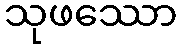
သုဖဿော